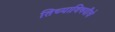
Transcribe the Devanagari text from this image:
तिच्याविषयीचे